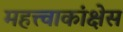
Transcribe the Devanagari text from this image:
महत्त्वाकांक्षेस